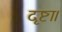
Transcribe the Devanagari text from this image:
दृष्टा।